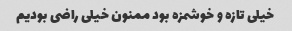
خیلی تازه و خوشمزه بود ممنون خیلی راضی بودیم